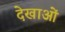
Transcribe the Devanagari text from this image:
देखाओं